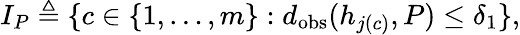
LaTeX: I_{P}\triangleq\{ c\in\{ 1,\dots,m\} :d_{\mathrm{obs}}(h_{j(c)},P)\leq\delta_{1}\} ,